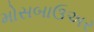
મોસબાઉઅર